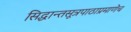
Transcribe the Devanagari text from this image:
सिद्धान्तसूत्रपाठाप्रमाणेच